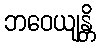
ဘဝေယျန္တိ